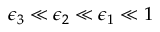
\epsilon _ { 3 } \ll \epsilon _ { 2 } \ll \epsilon _ { 1 } \ll 1